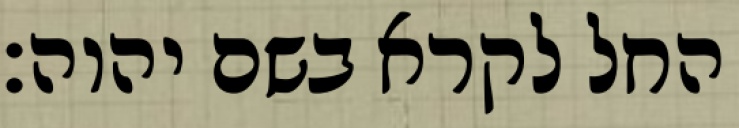
החל לקרא בשם יהוה׃